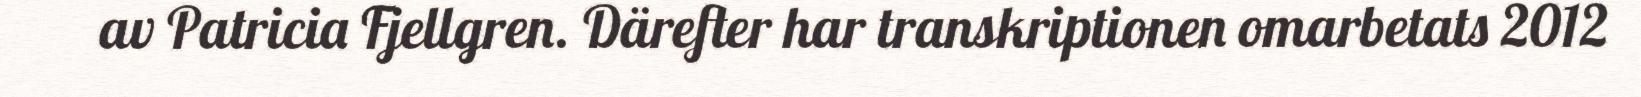
av Patricia Fjellgren. Därefter har transkriptionen omarbetats 2012